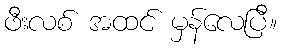
ဖီးလစ် အထင် မှန်လေပြီ။